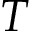
T